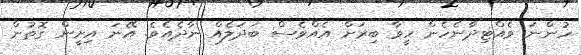
ހުންނަ ވެއްޓިދާނެހެން ހީވާ ބިރަށް އެއްވެސް ބަދަލެއް ނާދެއެވެ. އޭނަ އިށީން ގޮތުން